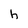
Character: h